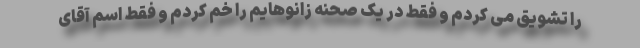
را تشویق می کردم و فقط در یک صحنه زانوهایم را خم کردم و فقط اسم آقای